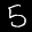
Label: 5